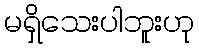
မရှိသေးပါဘူးဟု